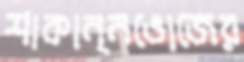
শাকান্নভোজের